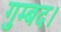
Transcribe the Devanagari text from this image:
गुम्बद।